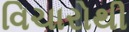
વિચારોથી